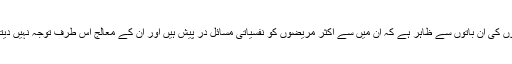
مریضوں کی ان باتوں سے ظاہر ہے کہ ان میں سے اکثر مریضوں کو نفسیاتی مسائل در پیش ہیں اور ان کے معالج اس طرف توجہ نہیں دیتے ہیں۔